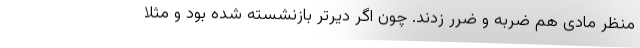
منظر مادی هم ضربه و ضرر زدند. چون اگر دیرتر بازنشسته شده بود و مثلا